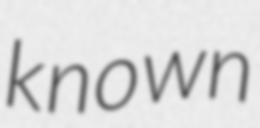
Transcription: known